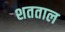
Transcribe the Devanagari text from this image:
शतताल